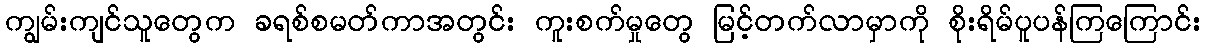
ကျွမ်းကျင်သူတွေက ခရစ်စမတ်ကာအတွင်း ကူးစက်မှုတွေ မြင့်တက်လာမှာကို စိုးရိမ်ပူပန်ကြကြောင်း